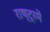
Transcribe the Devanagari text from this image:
राष्ट्रमें